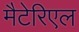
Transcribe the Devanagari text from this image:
मैटेरिएल